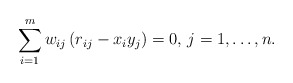
\begin{align*}\sum\limits_{i=1}^m w_{ij} \left( r_{ij}-x_{i}y_{j} \right)=0,\thinspace j=1,\mathellipsis ,n.\end{align*}